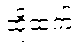
ထို့ထက်